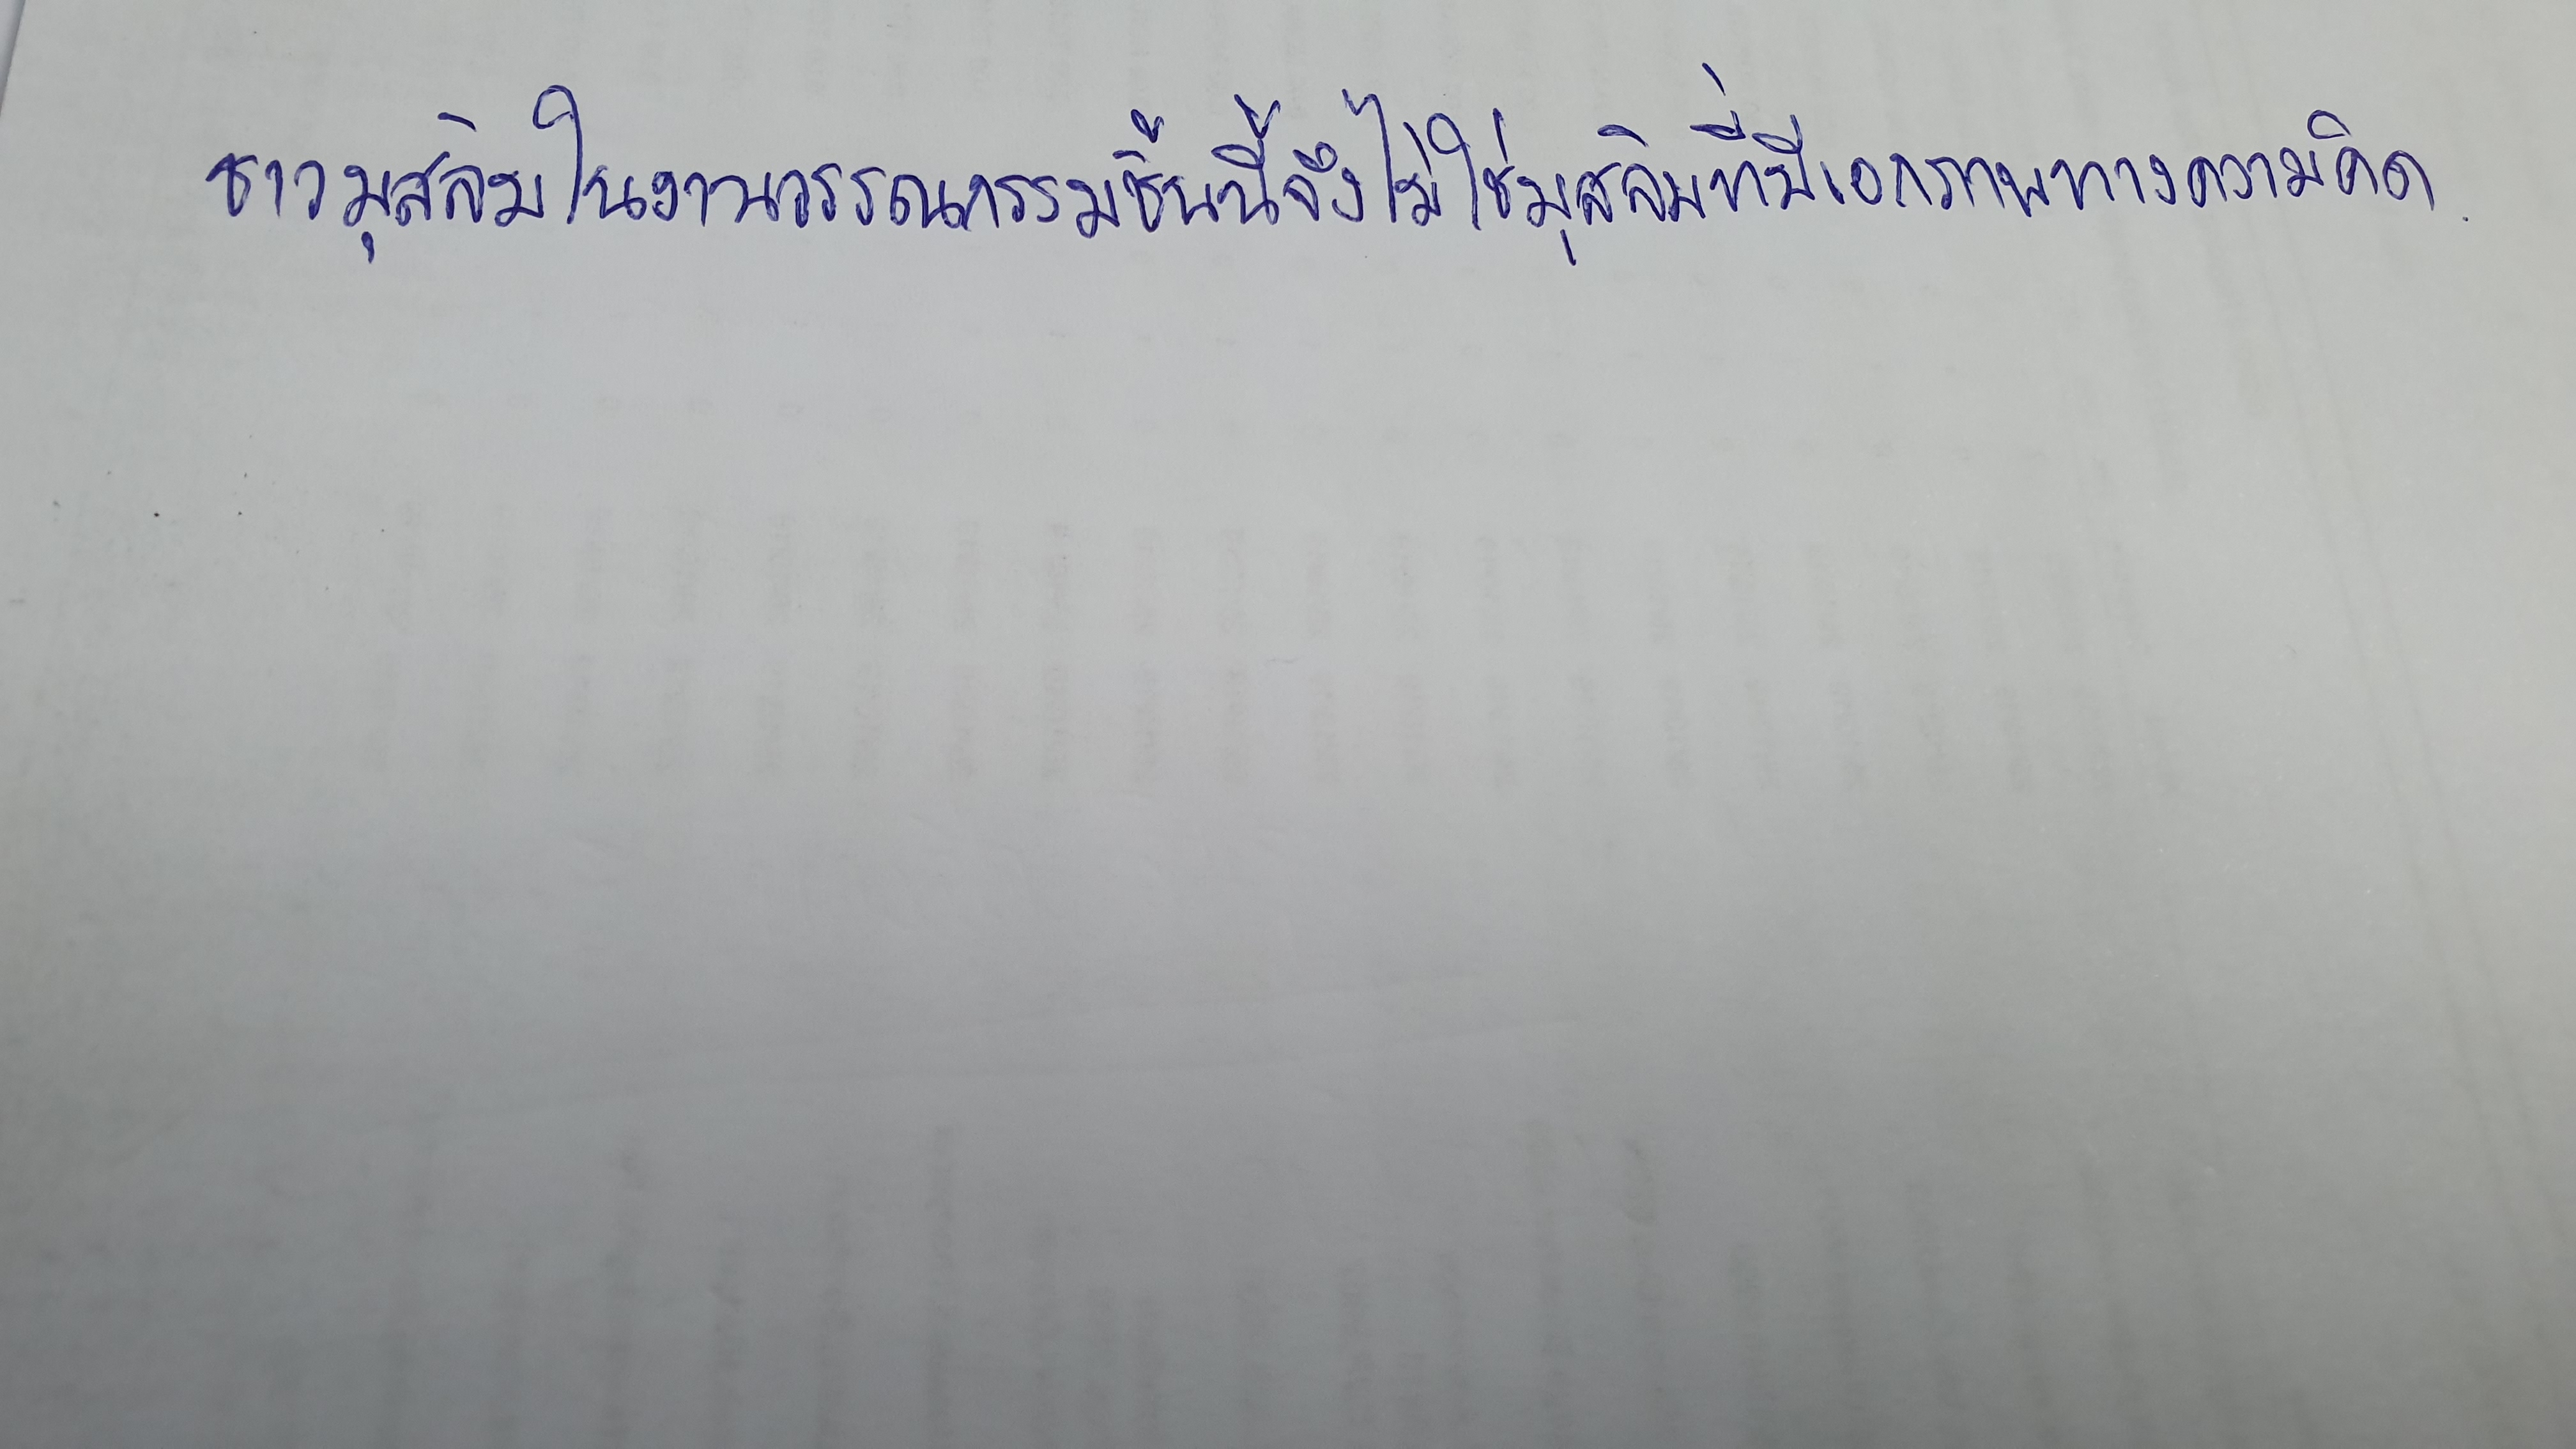
ชาวมุสลิมในงานวรรณกรรมชิ้นนี้จึงไม่ใช่มุสลิมที่มีเอกภาพทางความคิด